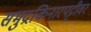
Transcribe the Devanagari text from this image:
समुद्रकिनारपट्टीवर